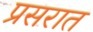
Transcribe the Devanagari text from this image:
प्रसरात